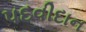
પદવીદાન